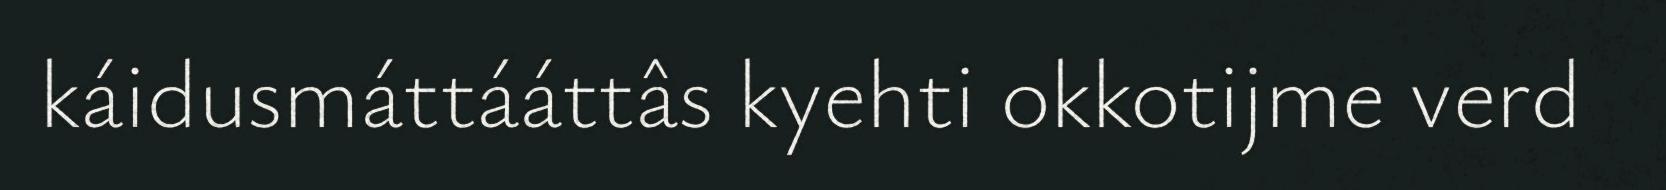
káidusmáttááttâs kyehti okkotijme verd